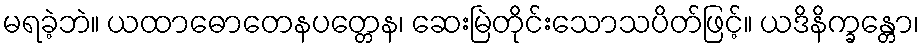
မရခဲ့ဘဲ။ ယထာဓောတေနပတ္တေန၊ ဆေးမြဲတိုင်းသောသပိတ်ဖြင့်။ ယဒိနိက္ခန္တော၊